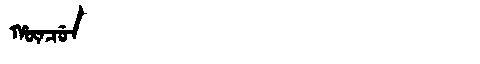
Manchu: ᡥᡡᠨᠴᡠᠨ
Romanization: HŪNCUN